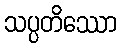
သပ္ပတိဿော